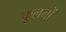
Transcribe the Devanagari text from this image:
फूलनों